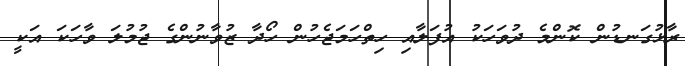
ރާޅުގަނޑުން ކޮންމެ ދުވަހަކު އުފަލާއި ހިތްހަމަޖެހުން ހޯދާ ޒުވާނުންގެ ޖުމުލަ ވާހަކަ އަކީ